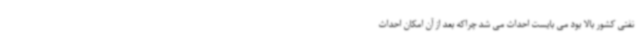
نفتی کشور بالا بود می بایست احداث می شد چراکه بعد از آن امکان احداث